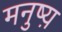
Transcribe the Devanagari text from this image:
मनुष्य़